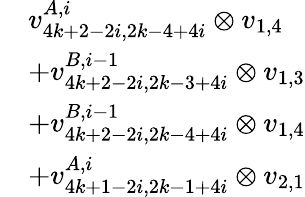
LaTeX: \begin{array}{rl}&{v_{4k+2-2i,2k-4+4i}^{A,i}\otimes v_{1,4}}\\ &{+v_{4k+2-2i,2k-3+4i}^{B,i-1}\otimes v_{1,3}}\\ &{+v_{4k+2-2i,2k-4+4i}^{B,i-1}\otimes v_{1,4}}\\ &{+v_{4k+1-2i,2k-1+4i}^{A,i}\otimes v_{2,1}}\end{array}